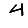
Digit: 4